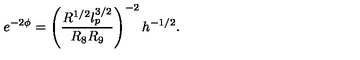
e ^ { - 2 \phi } = \left( \frac { R ^ { 1 / 2 } l _ { p } ^ { 3 / 2 } } { R _ { 8 } R _ { 9 } } \right) ^ { - 2 } h ^ { - 1 / 2 } .